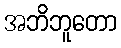
အဘိဘူတော